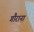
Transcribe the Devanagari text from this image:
गौराना